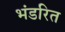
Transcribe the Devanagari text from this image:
भंडरित